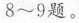
8~9题。